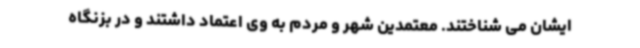
ایشان می شناختند. معتمدین شهر و مردم به وی اعتماد داشتند و در بزنگاه